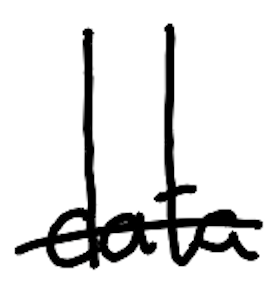
Text: data
Cross-out: single-line
Writing tool: digital_black